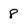
Character: 8